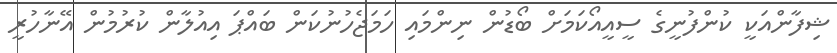
ޝިފާންއަކީ ކުންފުނީގެ ސީއީއޯކަމަށް ބޯޑުން ނިންމައި ހަމަޖެހުނުކަން ބައްޕަ އިއުލާން ކުރުމުން އޭނާހުރީ